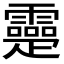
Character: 𤴤